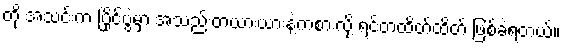
တို့ အသင်းက ပြိုင်ပွဲမှာ အသည်းတယားယားနဲ့ကစားလို့ ရင်တထိတ်ထိတ် ဖြစ်ခဲ့ရတယ်။